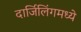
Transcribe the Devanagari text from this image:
दार्जिलिंगमध्ये